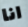
انا